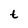
Character: t